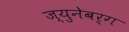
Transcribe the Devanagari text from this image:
ज्युनेबर्ग